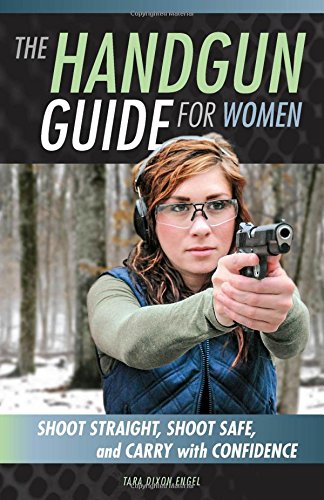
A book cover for The Handgun Guide for Women: Shoot Straight, Shoot Safe, and Carry with Confidence; Tara Dixon Engel; Sports & Outdoors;